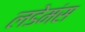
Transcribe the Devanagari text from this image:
लडेमंस